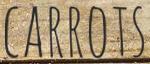
CARROTS